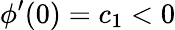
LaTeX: \phi^{\prime}(0)=c_{1}<0